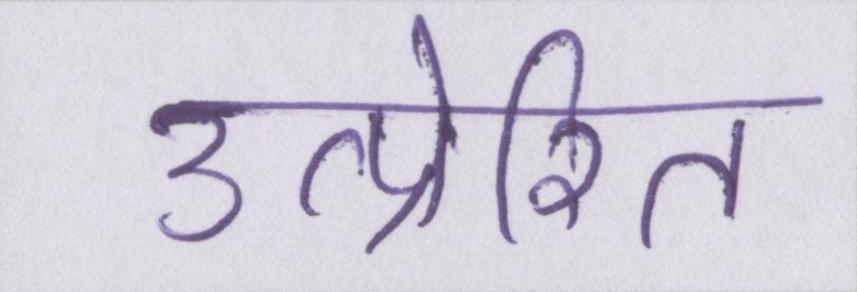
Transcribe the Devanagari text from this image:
उत्प्रेरित